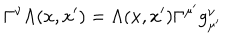
\Gamma ^ { \nu } \Lambda ( x , x ^ { \prime } ) = \Lambda ( x , x ^ { \prime } ) \Gamma ^ { \mu ^ { \prime } } g _ { \mu ^ { \prime } } ^ { \nu }